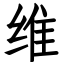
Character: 维